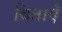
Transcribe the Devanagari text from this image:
बिताएँ